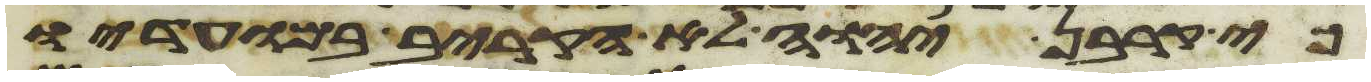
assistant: כי קרבן יהוה לא הקריב במועדיו